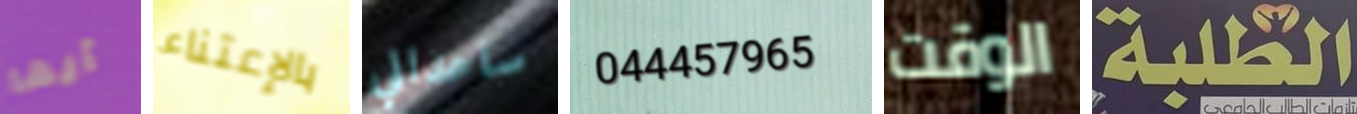
أيها بالإعتناء ساعداني 044457965 الوقت الطلبة